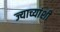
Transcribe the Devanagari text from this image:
ज्याच्यांशी